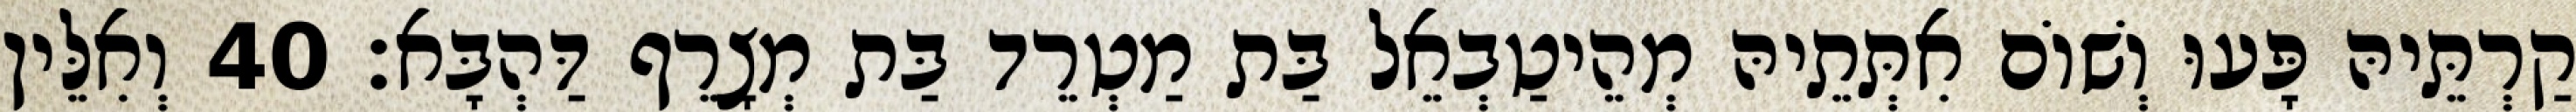
קַרְתֵּיהּ פָּעוּ וְשׁוֹם אִתְּתֵיהּ מְהֵיטַבְאֵל בַּת מַטְרֵד בַּת מְצָרֵף דַּהְבָּא׃ 40 וְאִלֵּין